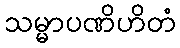
သမ္မာပဏိဟိတံ